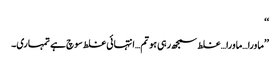
‘‘
’’ماورا…ماورا…غلط سمجھ رہی ہو تم…انتہائی غلط سوچ ہے تمہاری۔